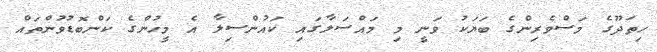
ހިތަދޫގެ މަސްވެރިންގެ ބަޔަކު ވަނީ މި މައްސަލާގައި ކައުންސިލާ އެ މީހުންގެ ކަންބޮޑުވުންތައް